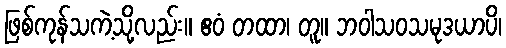
ဖြစ်ကုန်သကဲ့သို့လည်း။ ဧဝံ တထာ၊ တူ။ ဘဝါသဝသမုဒယာပိ၊